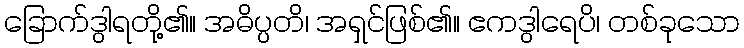
ခြောက်ဒွါရတို့၏။ အဓိပ္ပတိ၊ အရှင်ဖြစ်၏။ ဧကဒွါရေပိ၊ တစ်ခုသော